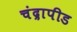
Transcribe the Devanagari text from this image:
चंद्रापीड